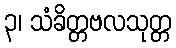
၃၊ သံခိတ္တဗလသုတ္တ